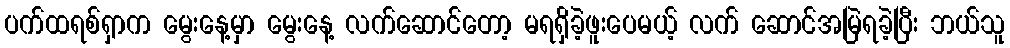
ပက်ထရစ်ရှာက မွေးနေ့မှာ မွေးနေ့ လက်ဆောင်တော့ မရရှိခဲ့ဖူးပေမယ့် လက် ဆောင်အမြဲရခဲ့ပြီး ဘယ်သူ